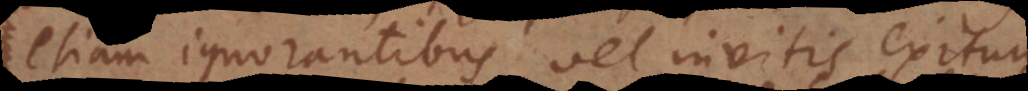
etiam ignorantibus vel invitis exitum